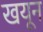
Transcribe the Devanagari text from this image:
खयून